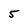
Character: 5